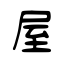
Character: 屋